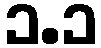
၁.၁